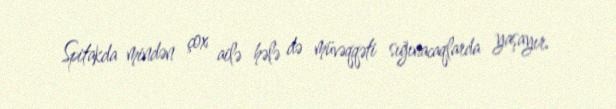
Spitakda mindən çox ailə hələ də müvəqqəti sığınacaqlarda yaşayır.